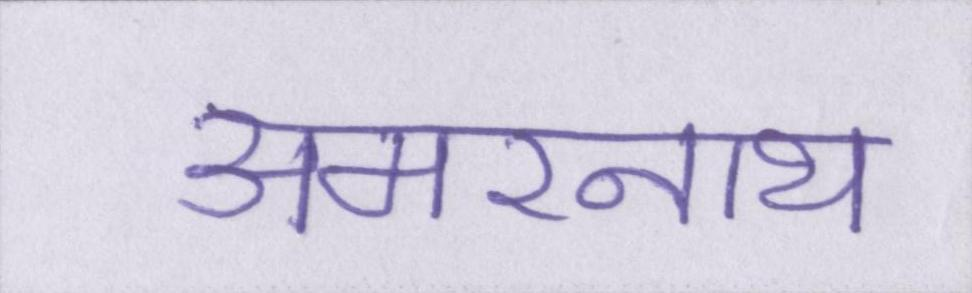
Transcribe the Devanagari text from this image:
अमरनाथ